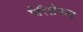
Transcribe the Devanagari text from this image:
पेरिशेबल